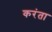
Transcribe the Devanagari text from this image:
करंता